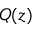
Q ( z )